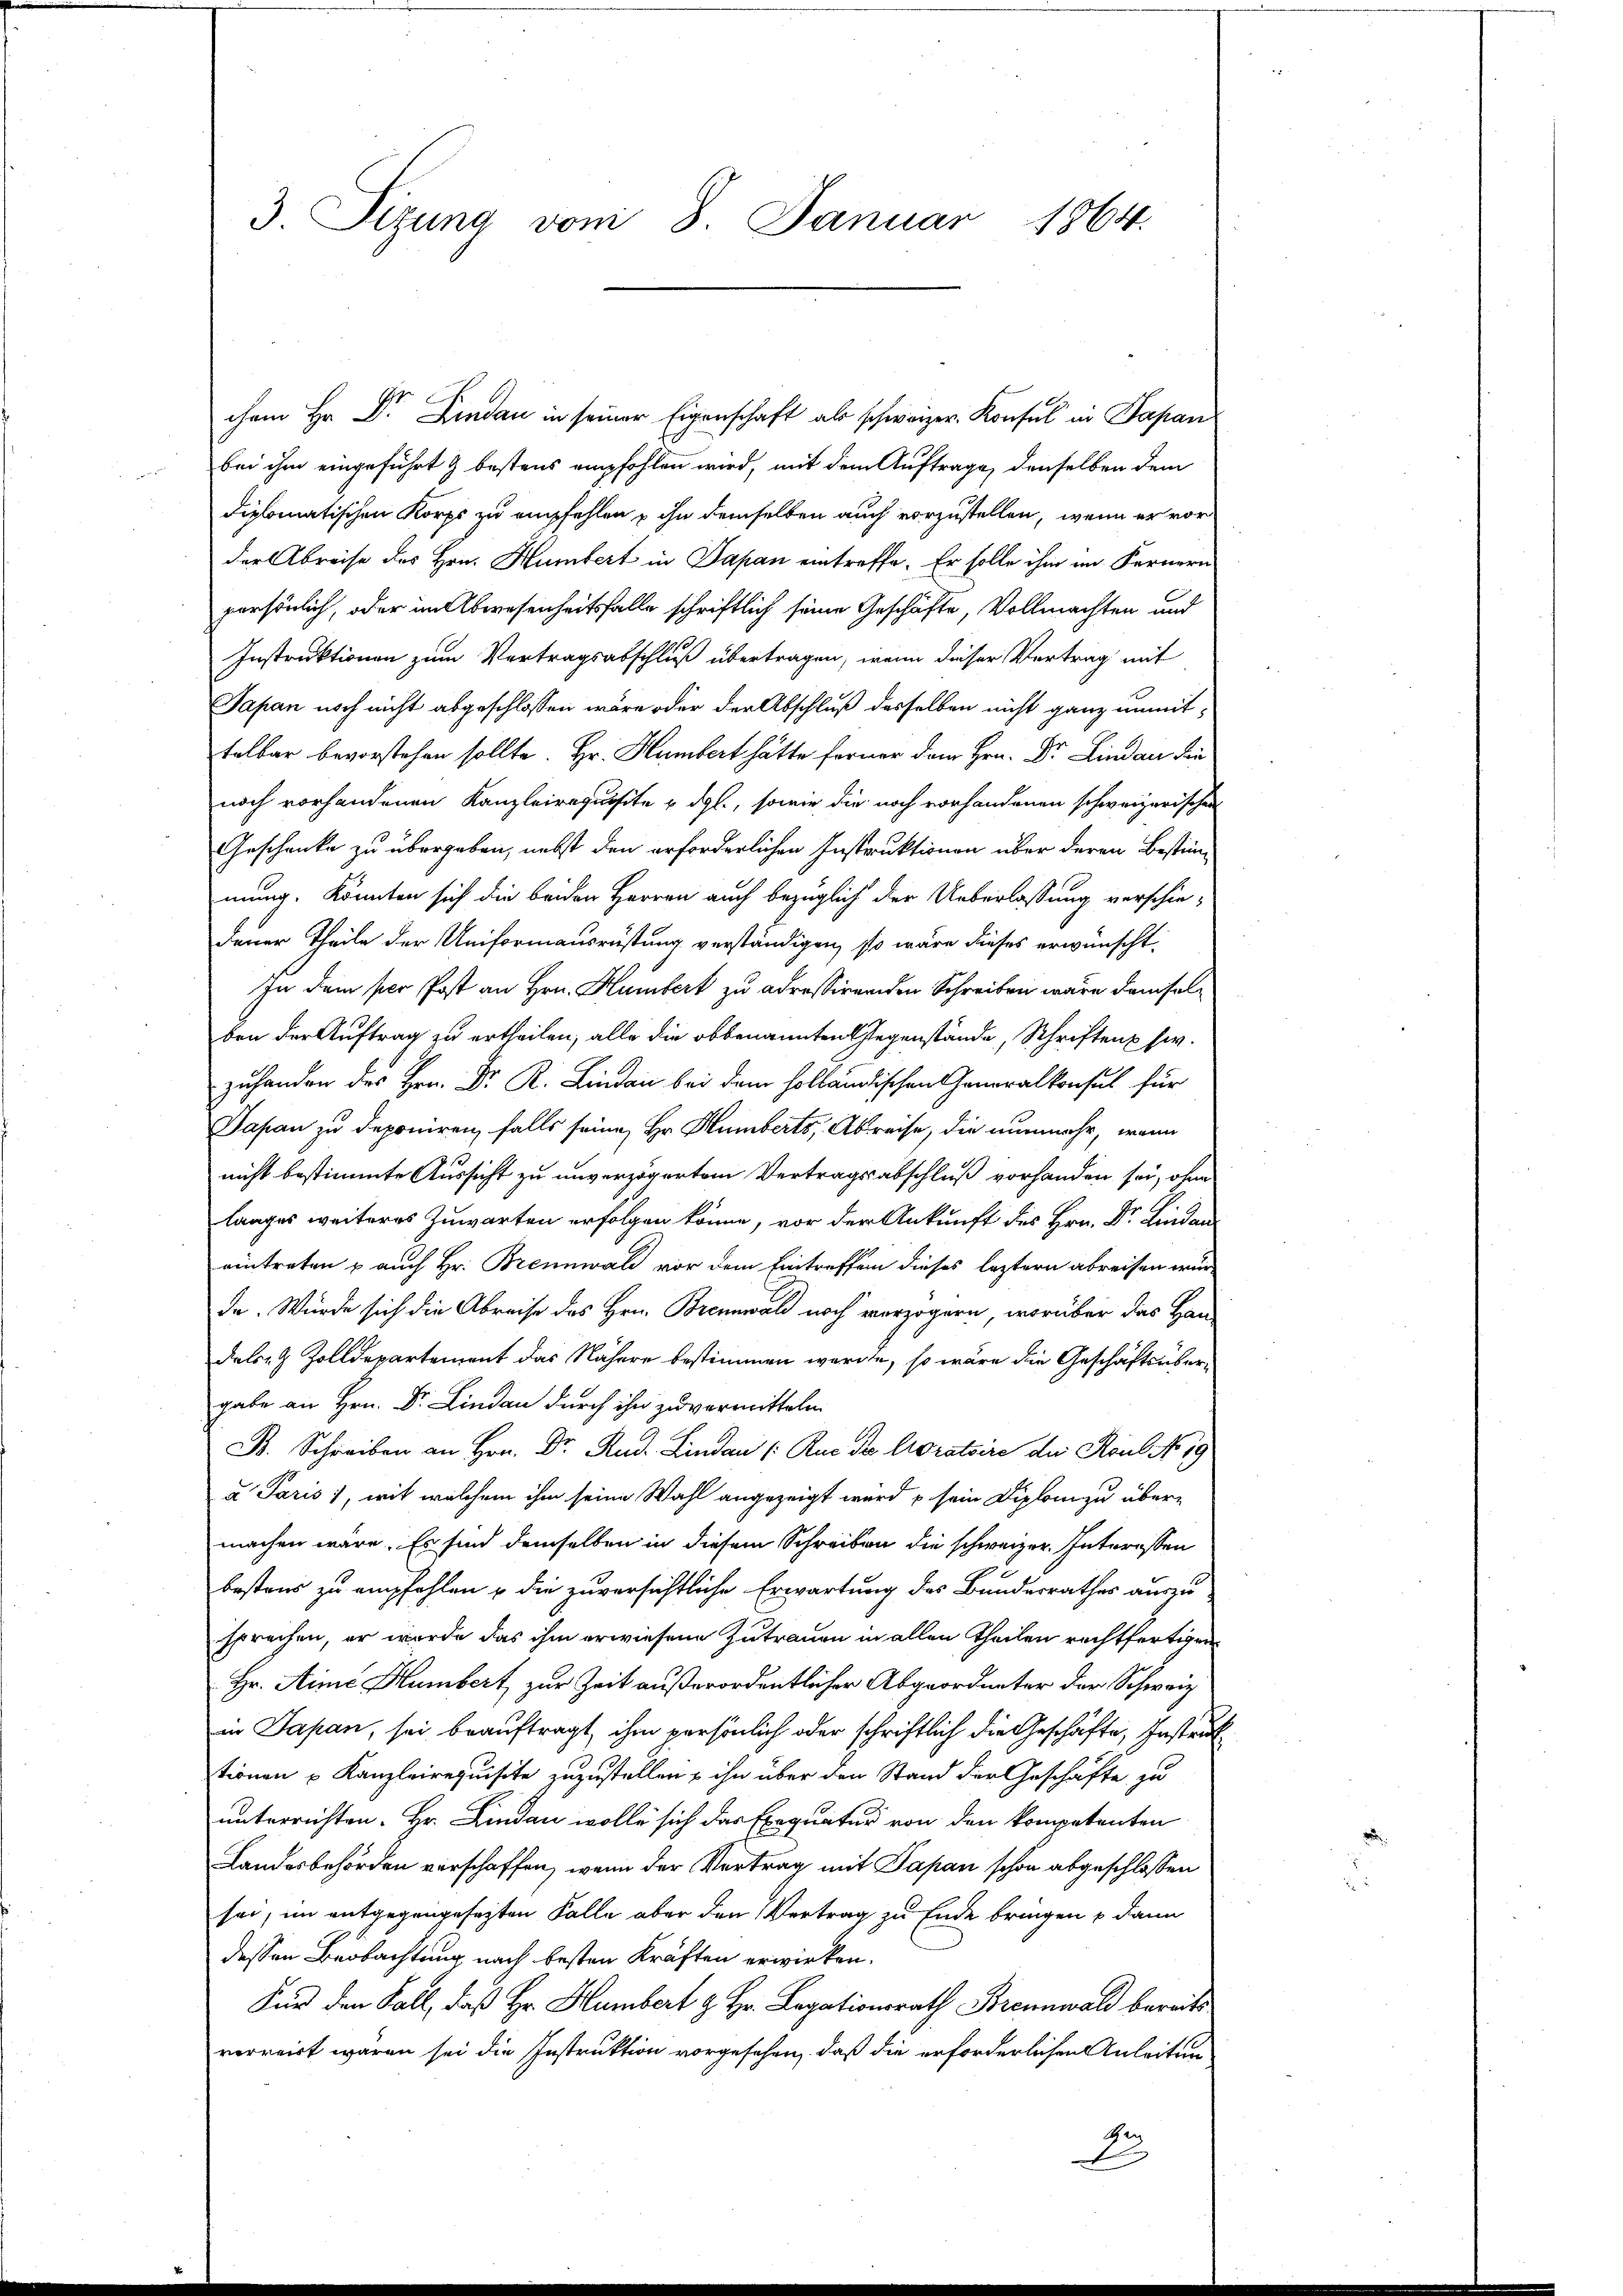
3. Sizung vom 8. Januar 1864.

chem Hr. Dr. Lindau in seiner Eigenschaft als schweizer. Konsul in Sapan
bei ihm eingeführt & bestens empfohlen wird, mit dem Auftrage, denselben dem
diplomatischen Korps zu empfehlen u ihn demselben auch vorzustellen, wenn er vor
der Abreise des Hrn. Humbert in Papan eintreffe. Er solle ihm im Fernern
persönlich, oder im Abwesenheitsfalle schriftlich seine Geschäfte, Vollmachten und
Instruktionen zum Vertragsabschluß übertragen, wenn dieser Vertrag mit
Japan noch nicht abgeschlossen wäre oder der Abschluß desselben nicht ganz unmittelbar bevorstehen sollte. Hr. Humbert hätte ferner dem Hrn. Dr. Lindau die
noch vorhandenen Kanzleirequisite u. dgl., sowie die noch vorhandenen schweizerischen
Geschenke zu übergeben, nebst den erforderlichen Instruktionen über deren Bestimmung. Könnten sich die beiden Herren auch bezüglich der Ueberlassung verschiedener Theile der Uniformausrüstung verständigen, so wäre dieses erwünscht,
In dem per Post an Hrn. Humbert zu adressirenden Schreiben wäre demselben der Auftrag zu ertheilen; alle die obbenannten Gegenstände, Schriften sie.
 ndischen Generalkonsul für
Japan zu deponiren, falls seine Hr. Humberts, Abreise, die nunmehr, wenn
nicht bestimmte Aussicht zu unverzögerten Vertragsabschluß vorhanden sei, ohne
langes weiteres Zuwarten erfolgen könne, vor der Ankunft des Hrn. Dr. Kinder
eintreten u auch Hr. Brennwald vor dem Eintreffen dieses leztern abreisen würde. Würde sich die Abreise des Hrn. Brennwald noch verzögern, worüber das Han
dabei Zolldepartement das Nähere bestimmen werde, so wäre die Geschäftsübergabe an Hrn. Dr. Lindau durch ihn zu vermitteln.
B. Schreiben an Hrn. Dr. Rud. Lina Rue die Abratoire der Koul No 19
a Paris), mit welchem ihm seine Wahl angezeigt wird u sein Diplom zu über-
machen wäre. Es sind demselben in diesem Schreiben die schweizer. Interessen
bestens zu empfehlen u die zuversichtliche Erwartung des Bunderrathes auszusprechen, er wurde das ihm erwiesene Zutrauen in allen Theilen rechtfertigen
Hr. Aime Humbert zur Zeit außerordentlicher Abgeordneter der Schweiz
in Japan, sei beauftragt, ihm persönlich oder schriftlich die Geschäfte, Instrat
tionen u Kanzleirequisite zuzustellen & ihn über den Stand der Geschäfte, zu
unterrichten. Hr. Lindau wolle sich das Exequatur von den kompetenten
Landesbehörden verschaffen, wenn der Vertrag mit Papan schon abgeschlossen
sei, im entgegengesezten Falle aber den Vertrag zu Ende bringen u dann
dessen Beobachtung nach besten Kräften erwirken.
Für den Fall, daß Hr. Humbert g Hr. Legationsrath Brennwald bereits
verreist wären sei die Instruktion vorgesehen, daß die erforderlichen Anleiten
Gen
A